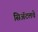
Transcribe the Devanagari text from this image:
सिॲटलचे